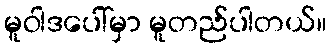
မူဝါဒပေါ်မှာ မူတည်ပါတယ်။